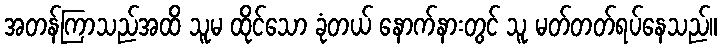
အတန်ကြာသည်အထိ သူမ ထိုင်သော ခုံတယ် နောက်နားတွင် သူ မတ်တတ်ရပ်နေသည်။